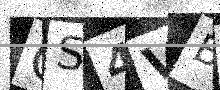
Text: QS4VB0